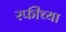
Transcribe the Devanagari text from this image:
रफींच्या